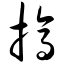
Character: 搞